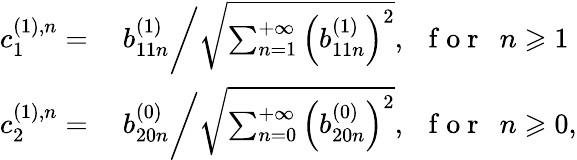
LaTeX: \begin{array}{rl}{c_{1}^{(1),n}=}&{{}\ b_{11n}^{(1)}\bigg/\sqrt{\sum_{n=1}^{+\infty}\left(b_{11n}^{(1)}\right)^{2}},\mathrm{~~~f~o~r~~~}n\geqslant 1}\\ {c_{2}^{(1),n}=}&{{}\ b_{20n}^{(0)}\bigg/\sqrt{\sum_{n=0}^{+\infty}\left(b_{20n}^{(0)}\right)^{2}},\mathrm{~~~f~o~r~~~}n\geqslant 0,}\end{array}